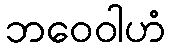
ဘဝေဝါဟံ